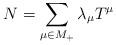
LaTeX: \begin{align*} N=\sum_{\mu\in M_+}\lambda_{\mu}T^\mu \end{align*}